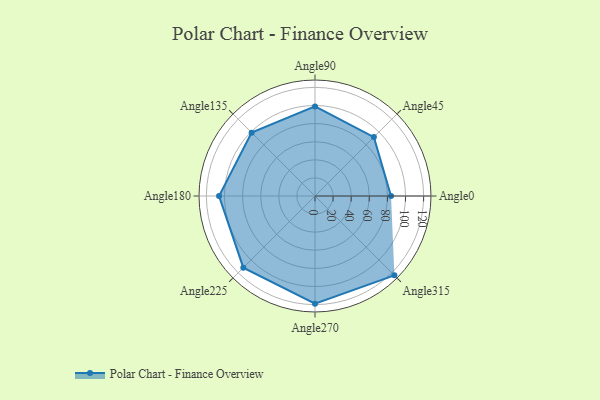
{"axis": {"x": "Angle", "y": "Radius"}, "legend": [""], "data": [{"x": "Angle0", "y": 84.0, "type": ""}, {"x": "Angle45", "y": 92.0, "type": ""}, {"x": "Angle90", "y": 99.0, "type": ""}, {"x": "Angle135", "y": 99.0, "type": ""}, {"x": "Angle180", "y": 106.0, "type": ""}, {"x": "Angle225", "y": 112.0, "type": ""}, {"x": "Angle270", "y": 119.0, "type": ""}, {"x": "Angle315", "y": 124.0, "type": ""}]}